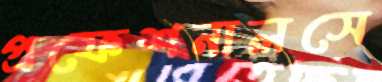
প্রফেশনালসে